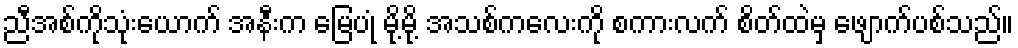
ညီအစ်ကိုသုံးယောက် အနီးက မြေပုံ မို့မို့ အသစ်ကလေးကို စကားလက် စိတ်ထဲမှ ဖျောက်ပစ်သည်။